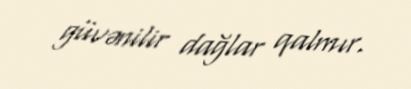
güvənilir dağlar qalmır.